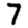
Digit: 7